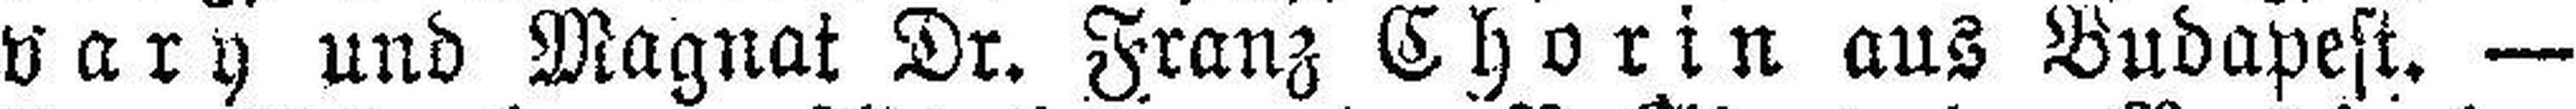
vary und Magnat Dr. Franz Chorin aus Budapest. —